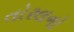
તોરલનો